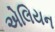
એલિયન